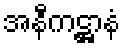
အနီကဋ္ဌာနံ